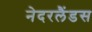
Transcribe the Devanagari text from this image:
नेदरलैंडस